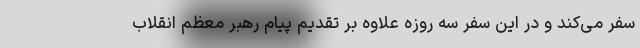
سفر می‌کند و در این سفر سه روزه علاوه بر تقدیم پیام رهبر معظم انقلاب